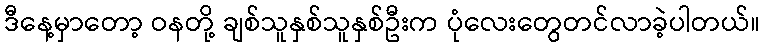
ဒီနေ့မှာတော့ ဝနတို့ ချစ်သူနှစ်သူနှစ်ဦးက ပုံလေးတွေတင်လာခဲ့ပါတယ်။